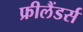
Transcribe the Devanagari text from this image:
फ्रीलैंडर्स